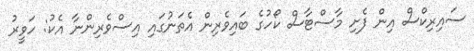
ސައިރިކްސް އިން ފެށި މާސްޓާސް ކޯހުގެ ބައިވެރިން އެތަނުގައި އިސްވެރިންނާ އެކު: ހަވީރު